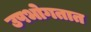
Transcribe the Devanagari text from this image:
उपभोगतात